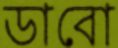
ডাবো